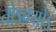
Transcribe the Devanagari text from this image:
तोऽक्योऽ